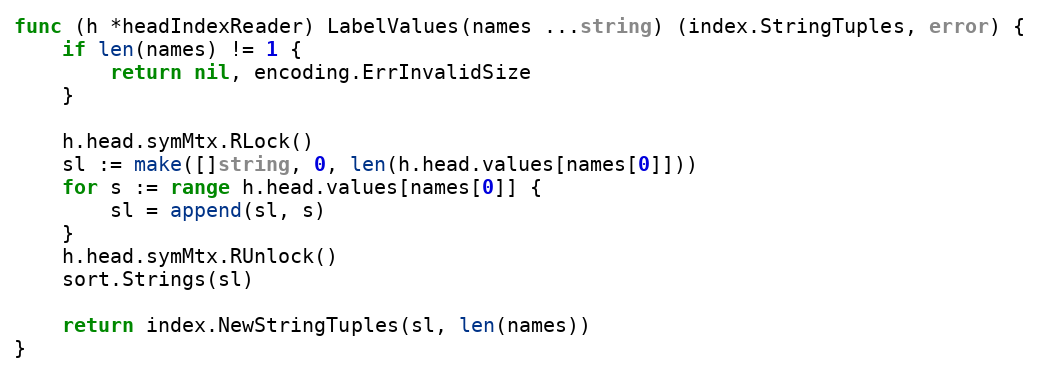
Language: Go
func (h *headIndexReader) LabelValues(names ...string) (index.StringTuples, error) {
	if len(names) != 1 {
		return nil, encoding.ErrInvalidSize
	}

	h.head.symMtx.RLock()
	sl := make([]string, 0, len(h.head.values[names[0]]))
	for s := range h.head.values[names[0]] {
		sl = append(sl, s)
	}
	h.head.symMtx.RUnlock()
	sort.Strings(sl)

	return index.NewStringTuples(sl, len(names))
}